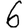
Digit: 6